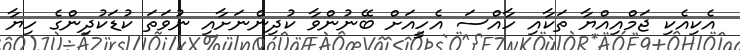
އެކިއެކި ޖަމްއިއްޔާ ތަކާއި ހާއްސަ އެހީއަށް ބޭނުންވާ ކުދިންނަށާއި ނުވަތަ ކުޑަކުދިންގެ ހިޔާ